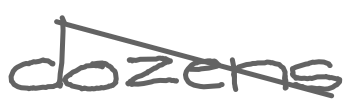
Text: dozens
Cross-out: diagonal
Writing tool: digital_gray